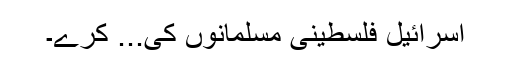
اسرائیل فلسطینی مسلمانوں کی... کرے۔